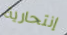
إنتحارية